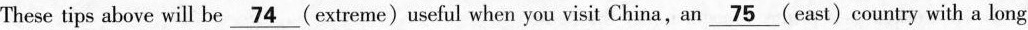
These tips above will be \underline{74} (extreme)useful when you visit China,an \underline{75} (east)country with a long